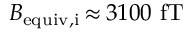
B _ { \mathrm { e q u i v , i } } \, { \approx } \, 3 1 0 0 ~ \mathrm { f T }